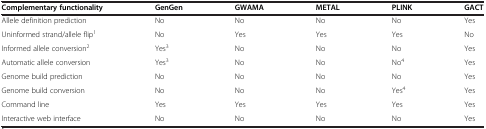
<table><thead><tr><td><b>Complementary functionality</b></td><td><b>GenGen</b></td><td><b>GWAMA</b></td><td><b>METAL</b></td><td><b>PLINK</b></td><td><b>GACT</b></td></tr></thead><tbody><tr><td>Allele definition prediction</td><td>No</td><td>No</td><td>No</td><td>No</td><td>Yes</td></tr><tr><td>Uninformed strand/allele flip<sup>1</sup></td><td>No</td><td>Yes</td><td>Yes</td><td>Yes</td><td>No</td></tr><tr><td>Informed allele conversion<sup>2</sup></td><td>Yes<sup>3</sup></td><td>No</td><td>No</td><td>No</td><td>Yes</td></tr><tr><td>Automatic allele conversion</td><td>Yes<sup>3</sup></td><td>No</td><td>No</td><td>No<sup>4</sup></td><td>Yes</td></tr><tr><td>Genome build prediction</td><td>No</td><td>No</td><td>No</td><td>No</td><td>Yes</td></tr><tr><td>Genome build conversion</td><td>No</td><td>No</td><td>No</td><td>Yes<sup>4</sup></td><td>Yes</td></tr><tr><td>Command line</td><td>Yes</td><td>Yes</td><td>Yes</td><td>Yes</td><td>Yes</td></tr><tr><td>Interactive web interface</td><td>No</td><td>No</td><td>No</td><td>No</td><td>Yes</td></tr></tbody></table>